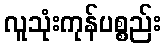
လူသုံးကုန်ပစ္စည်း